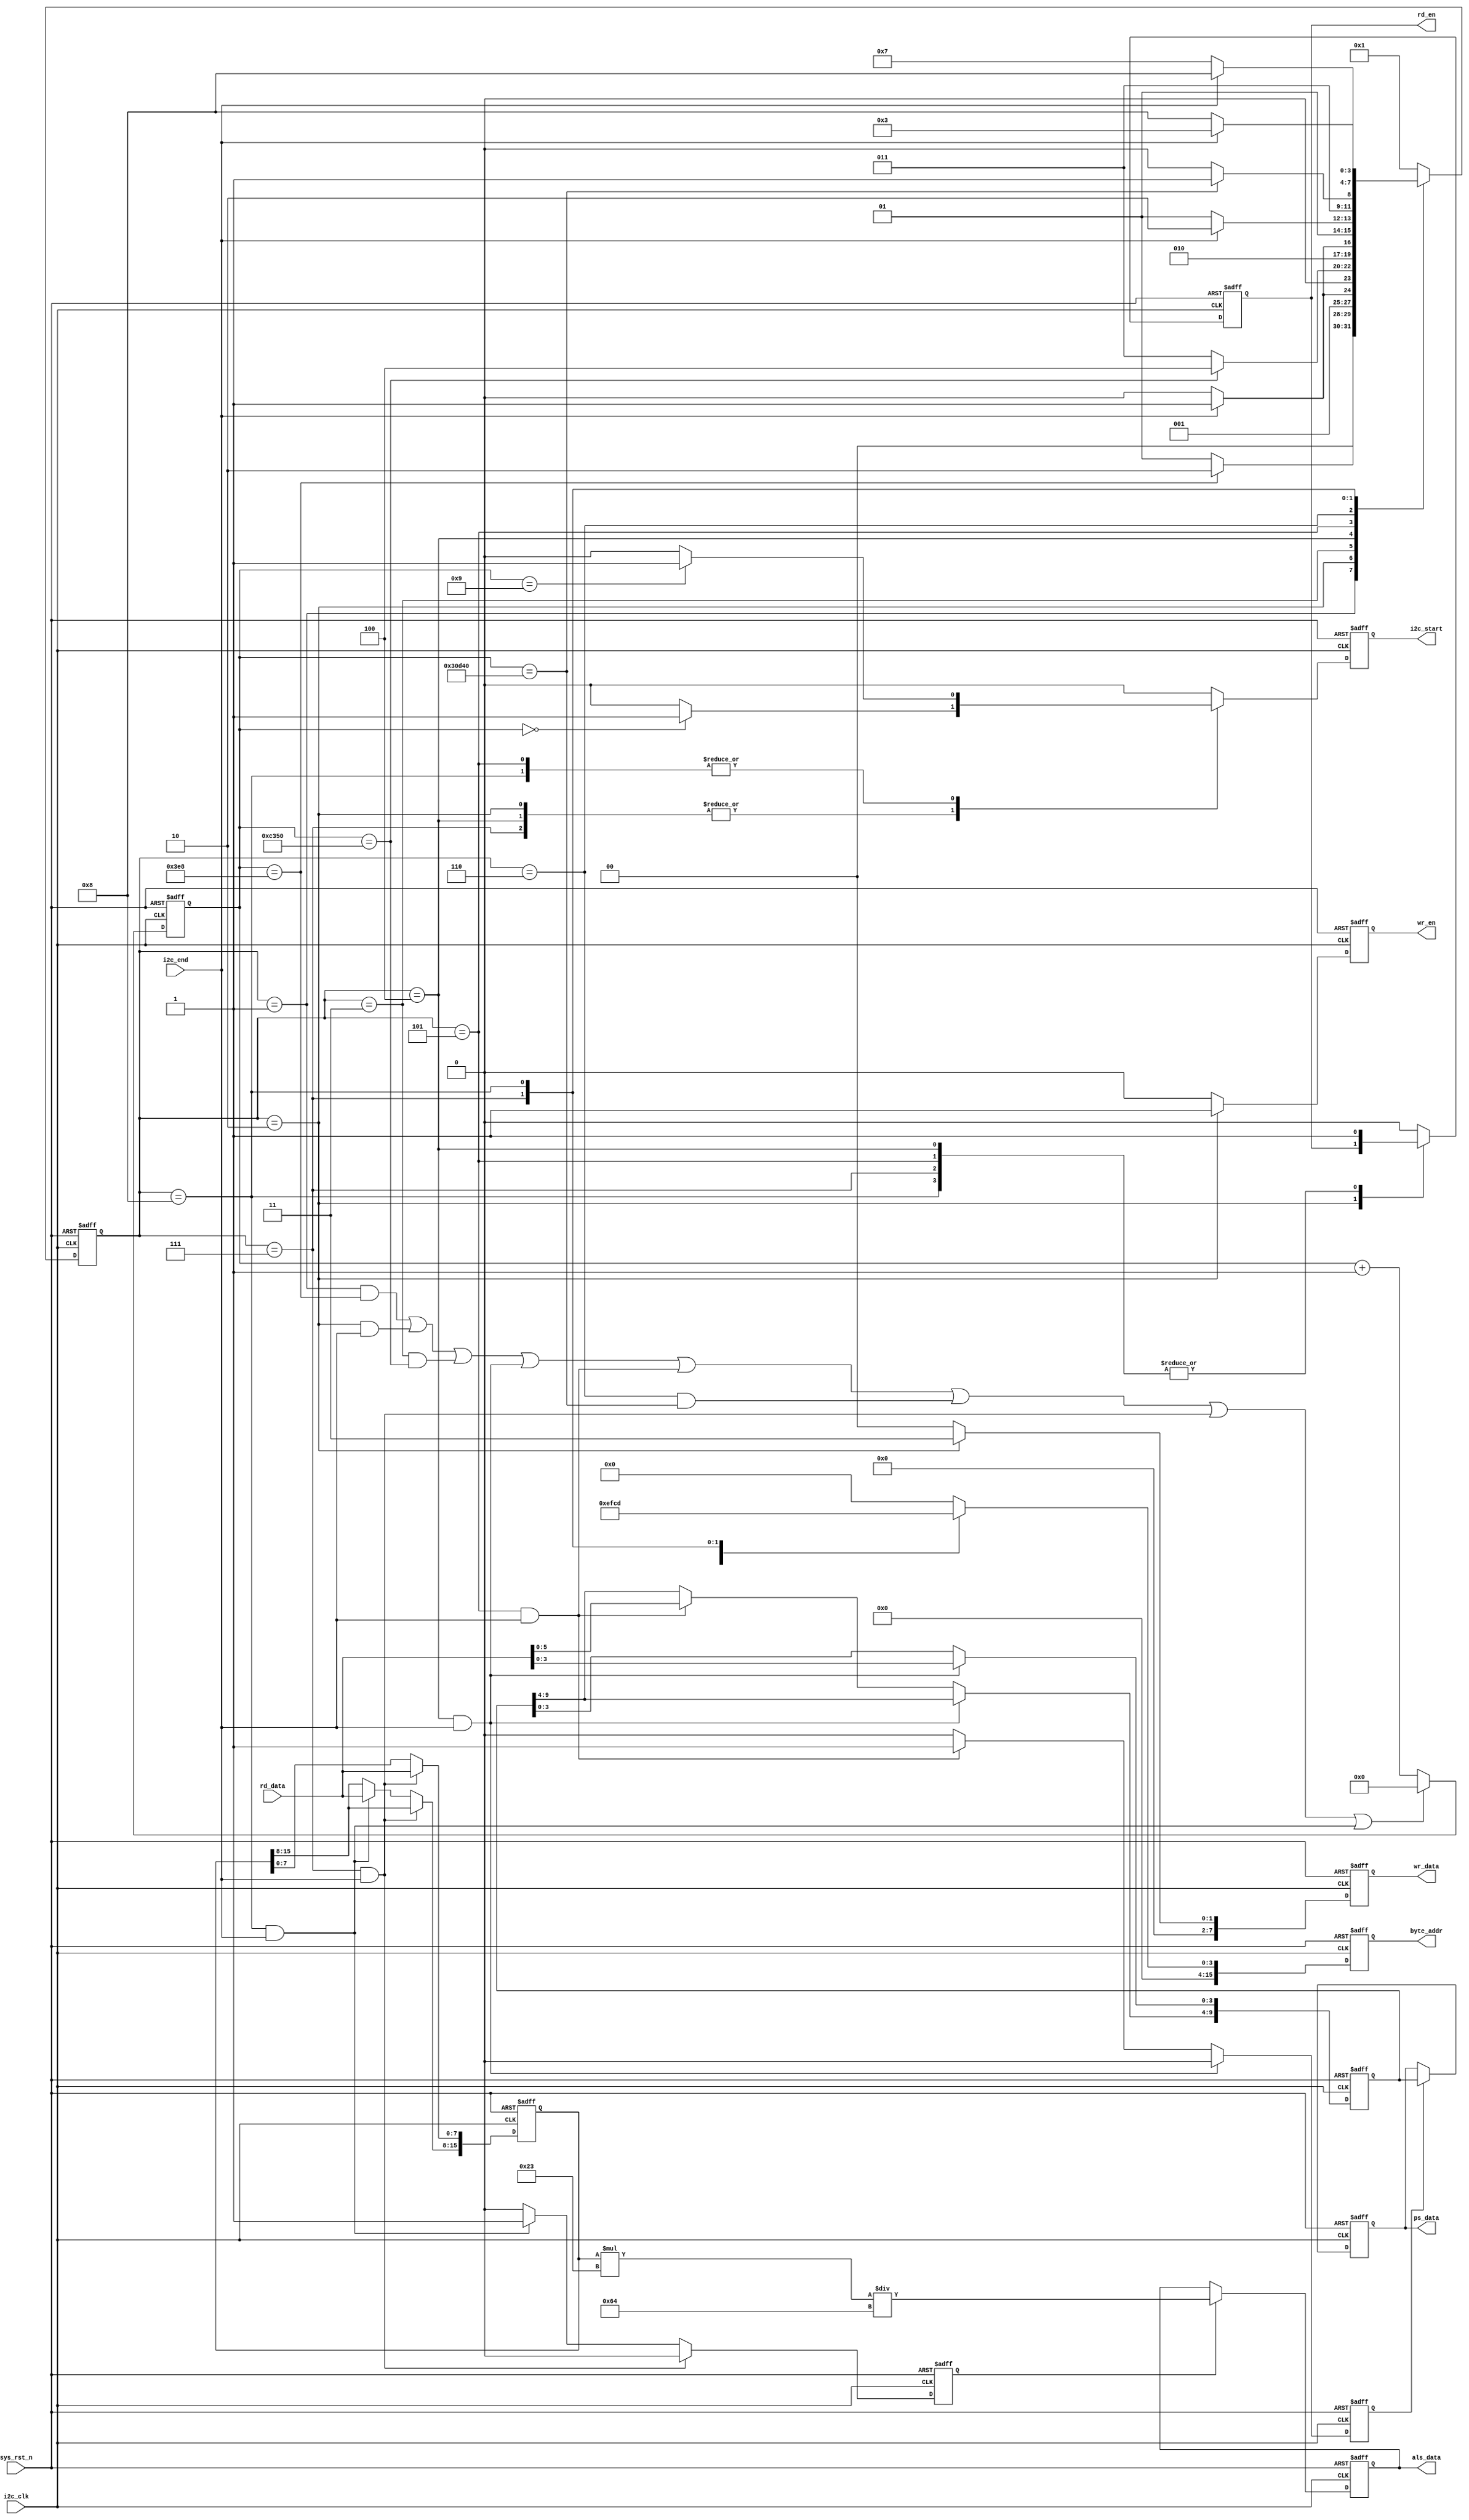
`timescale  1ns/1ns
////////////////////////////////////////////////////////////////////////
// Module Name   : ap3216c_ctrl
// Project Name  : ap3216c
// Target Devices: Altera EP4CE10F17C8N
// Tool Versions : Quartus 13.0
// Description   : 
//
// Revision      : V1.0
// Additional Comments:
// 
// : _Pro_FPGA
//     : http://www.embedfire.com
//     : http://www.firebbs.cn
//     : https://fire-stm32.taobao.com
////////////////////////////////////////////////////////////////////////

module  ap3216c_ctrl
(
    input   wire            i2c_clk     ,   //i2c,1MHz
    input   wire            sys_rst_n   ,   //
    input   wire            i2c_end     ,   //i2c/
    input   wire    [7:0]   rd_data     ,   //i2c
    
    output  reg             wr_en       ,   //
    output  reg             rd_en       ,   //
    output  reg             i2c_start   ,   //i2c
    output  reg     [15:0]  byte_addr   ,   //i2c
    output  reg     [7:0]   wr_data     ,   //i2c
    output  reg     [9:0]   ps_data     ,   //
    output  reg     [15:0]  als_data        // 
);

//********************************************************************//
//****************** Parameter and Internal Signal *******************//
//********************************************************************//

//parameter define
parameter   S_WAIT_1MS      = 4'd1   ,   //1ms
            S_CFG           = 4'd2   ,   //
            S_WAIT_PS       = 4'd3   ,   //50ms
            S_RD_PS_L4      = 4'd4   ,   //PS
            S_RD_PS_H6      = 4'd5   ,   //PS
            S_WAIT_ALS      = 4'd6   ,   //200ms
            S_RD_ALS_L8     = 4'd7   ,   //als
            S_RD_ALS_H8     = 4'd8   ;   //als

parameter   CNT_WAIT_ALS    = 200000 ; //200ms
parameter   CNT_WAIT_PS     = 50000  ; //50ms
parameter   CNT_WAIT_1MS    = 1000   ; //1ms
                  
//reg define
reg     [17:0]  cnt_wait        ;   //
reg             ps_done         ;   //ps
reg             als_done        ;   //als
reg     [9:0]   ps_data_reg     ;   //PS
reg     [15:0]  als_data_reg    ;   //als
reg     [3:0]   state           ;   //

//********************************************************************//
//******************************* Main Code **************************//
//********************************************************************//

//cnt_wait:0
always@(posedge i2c_clk or  negedge sys_rst_n)
    if(sys_rst_n == 1'b0)
        cnt_wait    <=  18'd0;
    else    if((state==S_WAIT_1MS && cnt_wait==CNT_WAIT_1MS) || 
              (state==S_CFG && i2c_end==1'b1) || (state==S_WAIT_PS
              && cnt_wait==CNT_WAIT_PS) || (state==S_RD_PS_L4 && 
              i2c_end==1'b1) || (state==S_RD_PS_H6 && i2c_end==1'b1) || 
              (state==S_WAIT_ALS && cnt_wait==CNT_WAIT_ALS) || 
              (state==S_RD_ALS_L8 && i2c_end==1'b1) || (state==S_RD_ALS_H8 
              && i2c_end==1'b1))
        cnt_wait    <=  18'd0;
    else
        cnt_wait    <=  cnt_wait + 1'b1;

//
always@(posedge i2c_clk or  negedge sys_rst_n)
    if(sys_rst_n == 1'b0)
        state   <=  S_WAIT_1MS;
//0
    else    case(state)
    //1ms
        S_WAIT_1MS:
            if(cnt_wait == CNT_WAIT_1MS)
                state       <=  S_CFG;
            else
                state       <=  S_WAIT_1MS     ;
    //i2c_end == 1
        S_CFG:
            if(i2c_end == 1'b1)
                state       <=  S_WAIT_PS;
            else
                state       <=  S_CFG     ;
    //50ms
        S_WAIT_PS:
            if(cnt_wait == CNT_WAIT_PS)
                state       <=  S_RD_PS_L4;
            else
                state       <=  S_WAIT_PS  ;
    //ps
        S_RD_PS_L4:
            if(i2c_end == 1'b1)
                state       <=  S_RD_PS_H6;
            else
                state       <=  S_RD_PS_L4     ;
    //PS
        S_RD_PS_H6:
            if(i2c_end == 1'b1)
                state       <=  S_WAIT_ALS;
            else
                state       <=  S_RD_PS_H6     ;
    //200ms
        S_WAIT_ALS:
            if(cnt_wait == CNT_WAIT_ALS)
                state       <=  S_RD_ALS_L8;
            else
                state       <=  S_WAIT_ALS    ;
    //als
        S_RD_ALS_L8:
            if(i2c_end == 1'b1)
                state   <=  S_RD_ALS_H8;
            else
                state       <=  S_RD_ALS_L8     ;
    //alsS_WAIT_PS
        S_RD_ALS_H8:
            if(i2c_end == 1'b1)
                state       <=  S_WAIT_PS;
            else
                state       <=  S_RD_ALS_H8     ;
        default:
                state       <=  S_WAIT_1MS;
    endcase

//
always@(posedge i2c_clk or  negedge sys_rst_n)
    if(sys_rst_n == 1'b0)
        begin
            wr_en       <=  1'b0    ;
            rd_en       <=  1'b0    ;
            i2c_start   <=  1'b0    ;
            byte_addr   <=  16'h0   ;
            wr_data     <=  8'h0    ;
        end
    else    case(state)
        S_WAIT_1MS: //
            begin
                wr_en       <=  1'b0    ;
                rd_en       <=  1'b0    ;
                i2c_start   <=  1'b0    ;
                byte_addr   <=  16'h0   ;
                wr_data     <=  8'h00   ;
            end 
        S_CFG:  //
            if(cnt_wait == 18'd0)
                begin
                    wr_en       <=  1'b1    ;
                    i2c_start   <=  1'b1    ;   
                    byte_addr   <=  16'h0   ;
                    wr_data     <=  8'h03   ;
                end
            else
                begin
                    wr_en       <=  1'b1    ;
                    i2c_start   <=  1'b0    ;
                    byte_addr   <=  16'h0   ;
                    wr_data     <=  8'h03   ;
                end
        S_WAIT_PS:  //ps
            begin
                wr_en       <=  1'b0    ;
                rd_en       <=  1'b0    ;
                i2c_start   <=  1'b0    ;
                byte_addr   <=  16'h0   ;
                wr_data     <=  8'h0    ;
            end 
        S_RD_PS_L4://ps
            if(cnt_wait == 18'd0)
                begin
                    wr_en       <=  1'b0    ;
                    rd_en       <=  1'b1    ;
                    i2c_start   <=  1'b1    ;
                    byte_addr   <=  16'h0E  ;
                    wr_data     <=  8'h00   ;
                end
            else
                begin
                    wr_en       <=  1'b0    ;
                    rd_en       <=  1'b1    ;
                    i2c_start   <=  1'b0    ;
                    byte_addr   <=  16'h0E  ;
                    wr_data     <=  8'h00   ;
                end
        S_RD_PS_H6://ps
        //ap3216c i2c1.3us
        //10us
            if(cnt_wait == 18'd9)
                begin
                    wr_en       <=  1'b0    ;
                    rd_en       <=  1'b1    ;
                    i2c_start   <=  1'b1    ;
                    byte_addr   <=  16'h0F  ;
                    wr_data     <=  8'h00   ;
                end
            else
                begin
                    wr_en       <=  1'b0    ;
                    rd_en       <=  1'b1    ;
                    i2c_start   <=  1'b0    ;
                    byte_addr   <=  16'h0F  ;
                    wr_data     <=  8'h00   ;
                end
        S_WAIT_ALS:   //als
            begin
                wr_en       <=  1'b0    ;
                rd_en       <=  1'b0    ;
                i2c_start   <=  1'b0    ;
                byte_addr   <=  16'h0   ;
                wr_data     <=  8'h0    ;
            end
        S_RD_ALS_L8://als
            if(cnt_wait == 18'd0)
                begin
                    wr_en       <=  1'b0    ;
                    rd_en       <=  1'b1    ;
                    i2c_start   <=  1'b1    ;
                    byte_addr   <=  16'h0C  ;
                    wr_data     <=  8'h00   ;
                end
            else
                begin
                    wr_en       <=  1'b0    ;
                    rd_en       <=  1'b1    ;
                    i2c_start   <=  1'b0    ;
                    byte_addr   <=  16'h0C  ;
                    wr_data     <=  8'h00   ;
                end
        S_RD_ALS_H8 ://als
        //ap3216c i2c1.3us
        //10us
            if(cnt_wait == 18'd9)
                begin
                    wr_en       <=  1'b0    ;
                    rd_en       <=  1'b1    ;
                    i2c_start   <=  1'b1    ;
                    byte_addr   <=  16'h0D  ;
                    wr_data     <=  8'h00   ;
                end
            else
                begin
                    wr_en       <=  1'b0    ;
                    rd_en       <=  1'b1    ;
                    i2c_start   <=  1'b0    ;
                    byte_addr   <=  16'h0D  ;
                    wr_data     <=  8'h00   ;
                end
        default:
        begin
            wr_en       <=  1'b0    ;
            rd_en       <=  1'b0    ;
            i2c_start   <=  1'b0    ;
            byte_addr   <=  16'h0   ;
            wr_data     <=  8'h0    ;
        end
    endcase

//psps_data_reg
always@(posedge i2c_clk or  negedge sys_rst_n)
    if(sys_rst_n == 1'b0)
        begin
            ps_data_reg <=  10'b0;
            ps_done     <=  1'b0;
        end
    else    if(state == S_RD_PS_L4 && i2c_end == 1'b1)
        begin
            ps_data_reg[3:0]    <=  rd_data[3:0];
            ps_done             <=  1'b0;
        end
    else    if(state == S_RD_PS_H6 && i2c_end == 1'b1)
        begin
            ps_data_reg[9:4]    <=  rd_data[5:0];
            ps_done             <=  1'b1;
        end
    else
        begin
            ps_data_reg         <=  ps_data_reg;
            ps_done             <=  1'b0;
        end

//alsals_data_reg
always@(posedge i2c_clk or  negedge sys_rst_n)
    if(sys_rst_n == 1'b0)
        begin
            als_data_reg        <=  16'b0;
            als_done            <=  1'b0;
        end
    else    if(state == S_RD_ALS_L8 && i2c_end == 1'b1)
        begin
            als_data_reg[7:0]   <=  rd_data;
            als_done            <=  1'b0;
        end
    else    if(state == S_RD_ALS_H8 && i2c_end == 1'b1)
        begin
            als_data_reg[15:8]  <=  rd_data;
            als_done            <=  1'b1;
        end
    else
        begin
            als_data_reg        <=  als_data_reg;
            als_done            <=  1'b0;
        end

//psps_data
always@(posedge i2c_clk or  negedge sys_rst_n)
    if(sys_rst_n == 1'b0)
        ps_data <=  10'd0;
    else    if(ps_done == 1'b1)
        ps_data <=  ps_data_reg;
    else
        ps_data <=  ps_data;

//alsals_data
always@(posedge i2c_clk or  negedge sys_rst_n)
    if(sys_rst_n == 1'b0)
        als_data <=  16'd0;
    else    if(als_done == 1'b1)
        als_data <=  als_data_reg * 6'd35 / 7'd100;
    else
        als_data <=  als_data;

endmodule